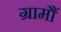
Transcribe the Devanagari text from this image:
ग्रामौं